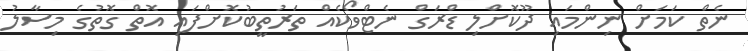
ނެތް ކަމަށް ނިންމައި ދޫކޮށްލި ޑްރަގް ނެޓްވޯކެއް ތަރުތީބުކޮށްފައި އޮތް ގޮތުގެ މިސާލު